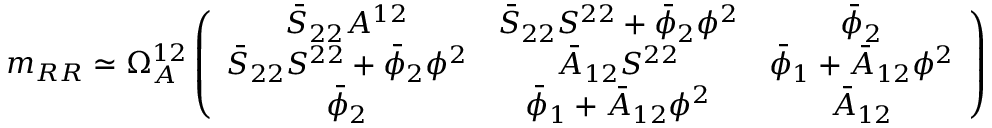
m _ { R R } \simeq \Omega _ { A } ^ { 1 2 } \left( \begin{array} { c c c } { { \bar { S } _ { 2 2 } A ^ { 1 2 } } } & { { \bar { S } _ { 2 2 } S ^ { 2 2 } + \bar { \phi } _ { 2 } \phi ^ { 2 } } } & { { \bar { \phi } _ { 2 } } } \\ { { \bar { S } _ { 2 2 } S ^ { 2 2 } + \bar { \phi } _ { 2 } \phi ^ { 2 } } } & { { \bar { A } _ { 1 2 } S ^ { 2 2 } } } & { { \bar { \phi } _ { 1 } + \bar { A } _ { 1 2 } \phi ^ { 2 } } } \\ { { \bar { \phi } _ { 2 } } } & { { \bar { \phi } _ { 1 } + \bar { A } _ { 1 2 } \phi ^ { 2 } } } & { { \bar { A } _ { 1 2 } } } \end{array} \right)